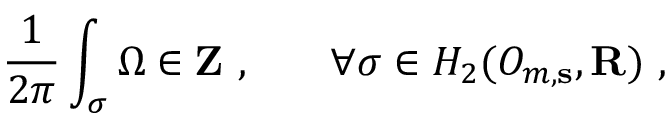
\frac 1 { 2 \pi } \int _ { \sigma } \Omega \in { \bf Z \ , \qquad } \forall \sigma \in H _ { 2 } ( { \cal O } _ { m , { \bf s } } , { \bf R } ) \ ,